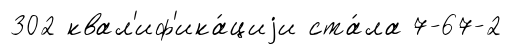
302 квал'иф'ика́циjи ста́ла 7-67-2